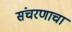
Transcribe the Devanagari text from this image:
संचरणाचा